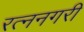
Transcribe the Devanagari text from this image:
रत्ननगरी